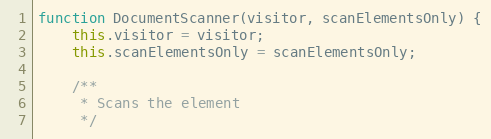
Language: JavaScript
function DocumentScanner(visitor, scanElementsOnly) {
	this.visitor = visitor;
	this.scanElementsOnly = scanElementsOnly;

	/**
	 * Scans the element
	 */